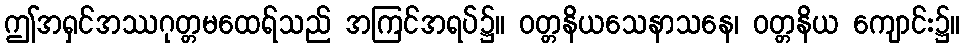
ဤအရှင်အဿဂုတ္တမထေရ်သည် အကြင်အရပ်၌။ ဝတ္တနိယသေနာသနေ၊ ဝတ္တနိယ ကျောင်း၌။